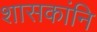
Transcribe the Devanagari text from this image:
शासकांनि